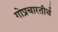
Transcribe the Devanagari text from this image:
गोप्रचारतीर्थ